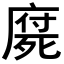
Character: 𣩇